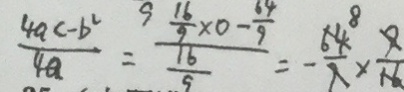
\frac { 4 a c - b ^ { 2 } } { 4 a } = \frac { 9 \frac { 1 6 } { 9 } \times 0 - \frac { 6 4 } { 9 } } { \frac { 1 6 } { 9 } } = - \frac { 6 4 ^ { 8 } } { 7 } \times \frac { 9 } { 1 6 }